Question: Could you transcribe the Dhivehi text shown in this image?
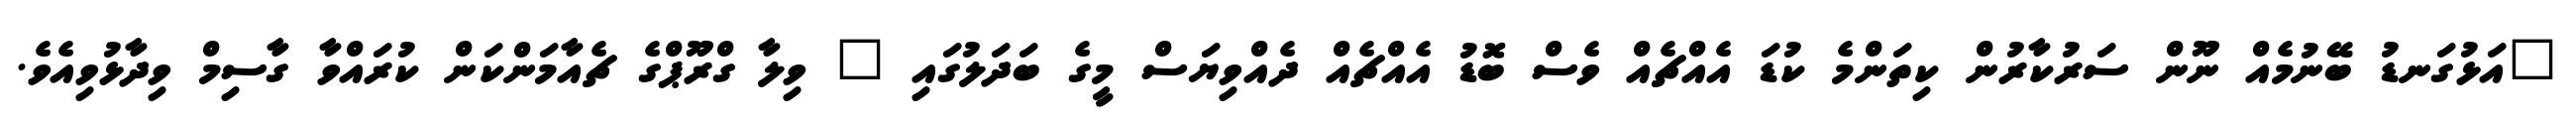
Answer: "އަޅުގަނޑު ބޭނުމެއް ނޫން ސަރުކާރުން ކިތަންމެ ކުޑަ އެއްޗެއް ވެސް ބޮޑު އެއްޗެއް ދެއްވިޔަސް މީގެ ބަދަލުގައި " ވިލާ ގްރޫޕްގެ ޗެއާމަންކަން ކުރައްވާ ގާސިމް ވިދާޅުވިއެވެ.